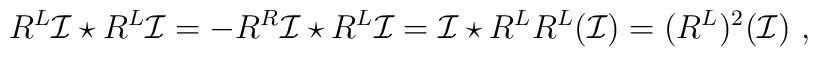
R^L\mathcal{I}\star R^L\mathcal{I}=-R^R\mathcal{I}\star R^L\mathcal{I}=\mathcal{I}\star R^LR^L(\mathcal{I})=(R^L)^2(\mathcal{I}) \ ,